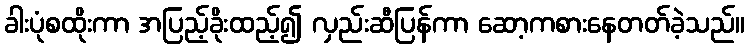
ခါးပုံစထိုးကာ အပြည့်ခိုးထည့်၍ လှည်းဆီပြန်ကာ ဆော့ကစားနေတတ်ခဲ့သည်။